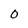
Character: O